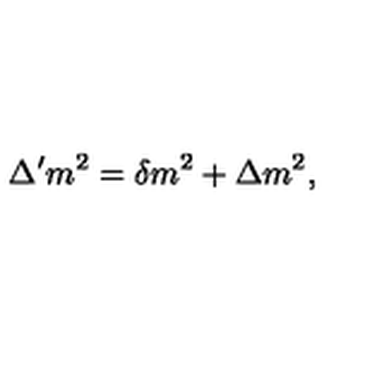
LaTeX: \Delta ^ { \prime } m ^ { 2 } = \delta m ^ { 2 } + \Delta m ^ { 2 } ,